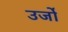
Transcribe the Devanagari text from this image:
उर्जो